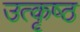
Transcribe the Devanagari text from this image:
उत्‍कृष्‍ठ